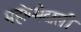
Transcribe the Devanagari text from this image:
महोम्मेदाली